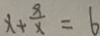
x + \frac { 8 } { x } = 6